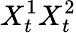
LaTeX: X_{t}^{1}X_{t}^{2}